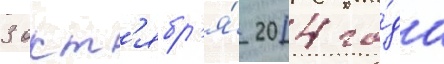
3 окт'ябр'я́ 2014 го́да